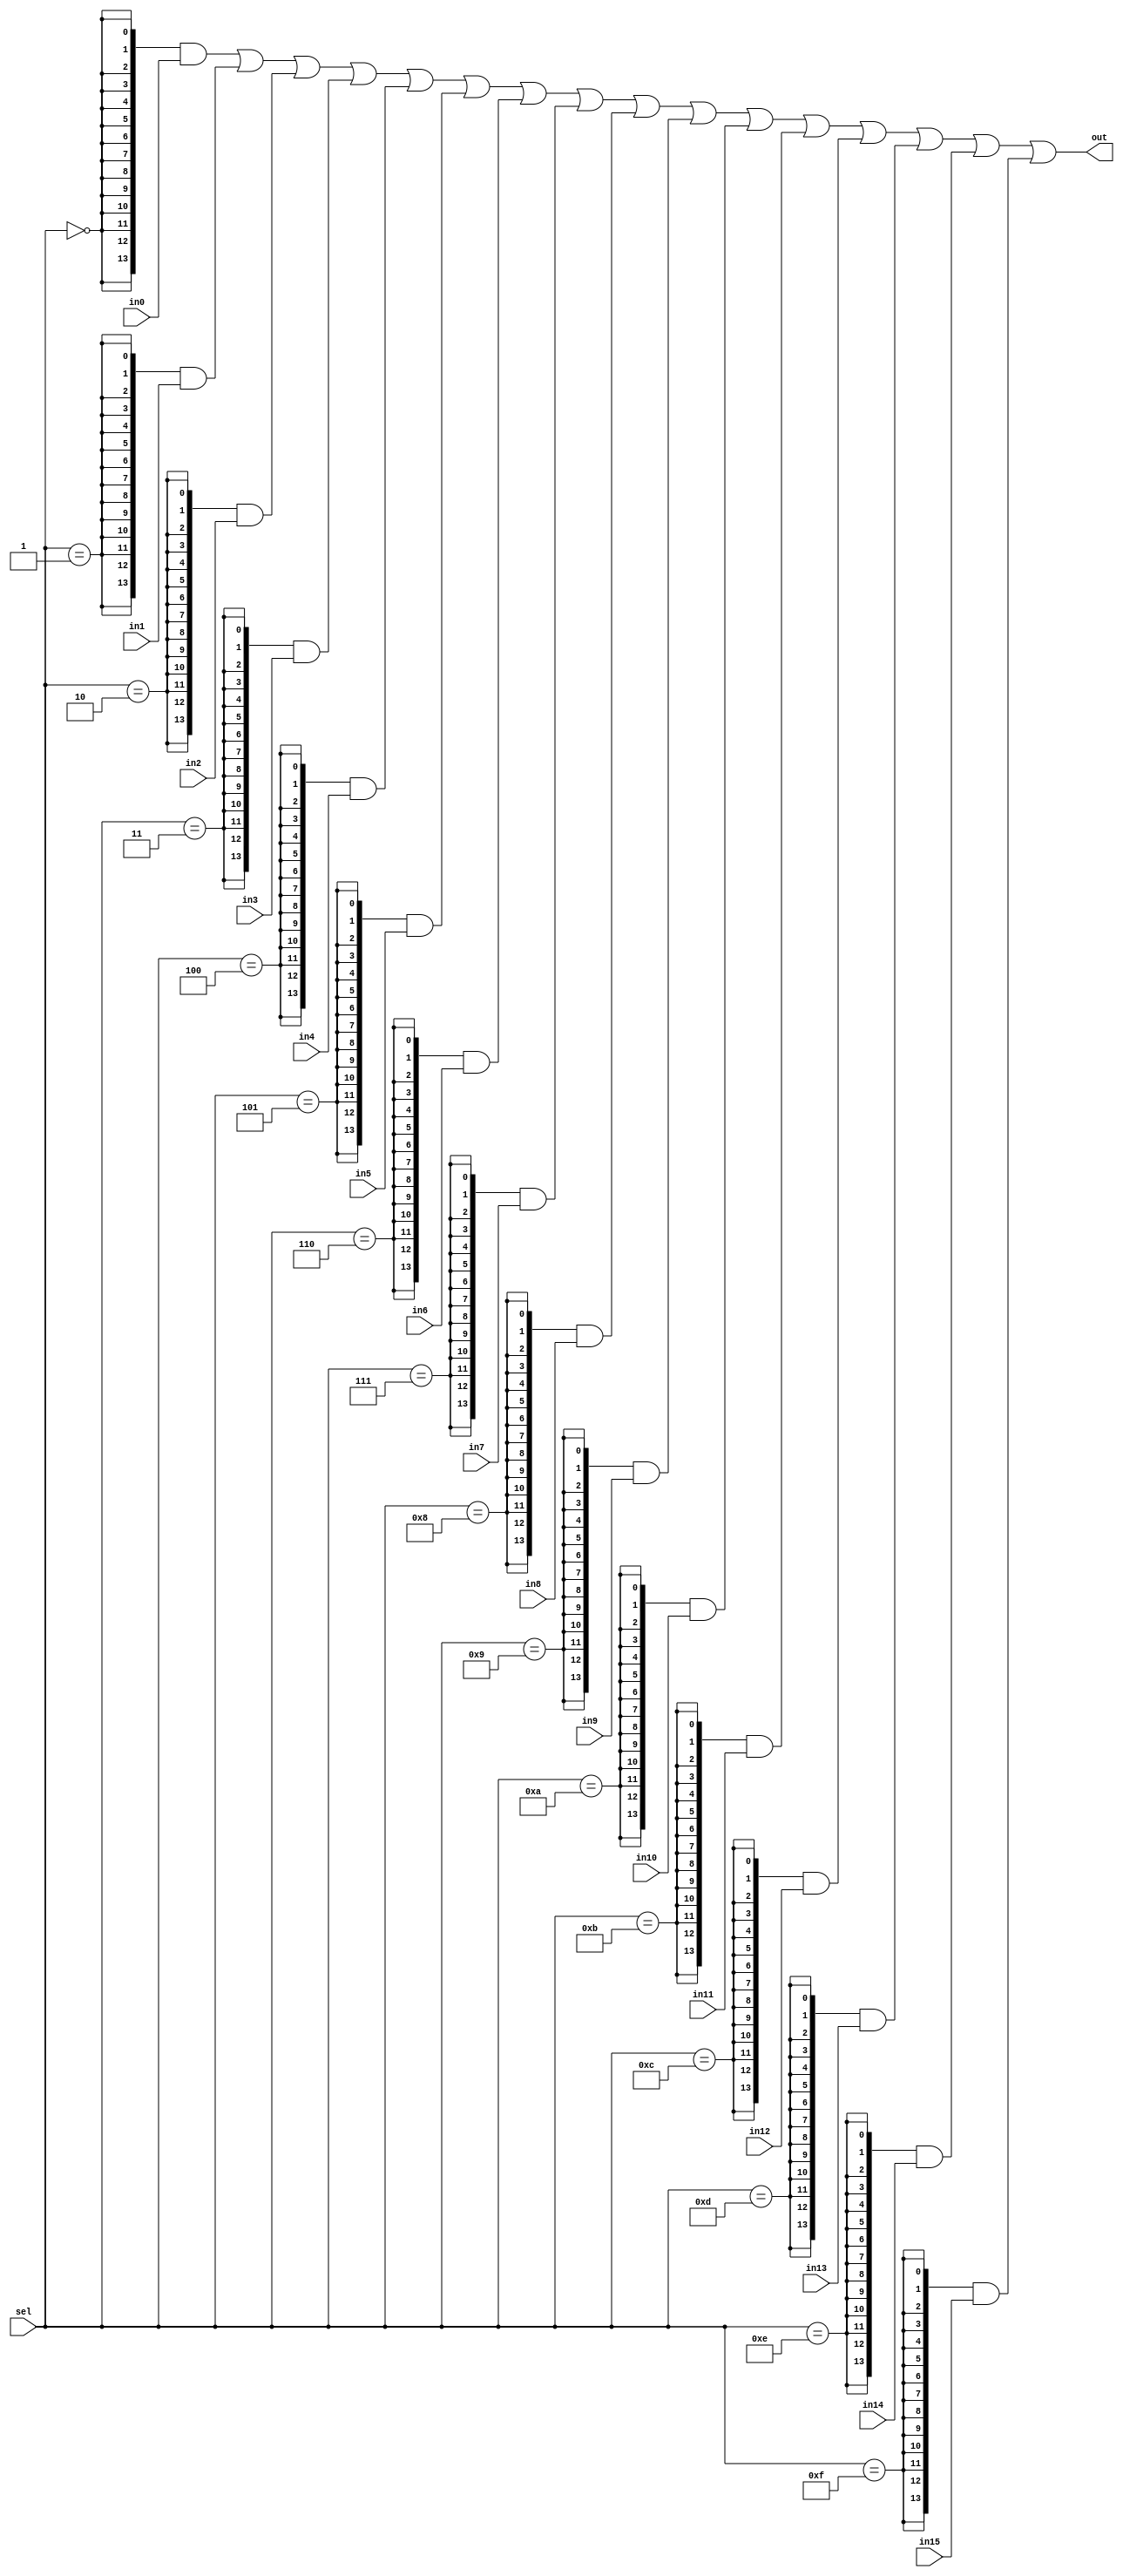
//////////////////////////////////////////////////////////////////////////////////
//(* dont_touch = "true" *)
//(* black_box *)


//(* keep_hierarchy = "true" *) 
module muxer4 #(
   parameter     RES = 14 
)
(
   // input
   input      [  4-1: 0] sel,             // Select wire 0-15
   input      [RES-1: 0] in0,
   input      [RES-1: 0] in1,
   input      [RES-1: 0] in2,
   input      [RES-1: 0] in3,
   input      [RES-1: 0] in4,
   input      [RES-1: 0] in5,
   input      [RES-1: 0] in6,
   input      [RES-1: 0] in7,
   input      [RES-1: 0] in8,
   input      [RES-1: 0] in9,
   input      [RES-1: 0] in10,
   input      [RES-1: 0] in11,
   input      [RES-1: 0] in12,
   input      [RES-1: 0] in13,
   input      [RES-1: 0] in14,
   input      [RES-1: 0] in15,

   // output
   output     [RES-1: 0] out                // output data
);


wire ensel0 ,ensel1 ,ensel2 ,ensel3 ,ensel4 ,ensel5 ,ensel6 ,ensel7 ,
     ensel8 ,ensel9 ,ensel10,ensel11,ensel12,ensel13,ensel14,ensel15;

     

assign ensel0  = (sel==4'd0 );
assign ensel1  = (sel==4'd1 );
assign ensel2  = (sel==4'd2 );
assign ensel3  = (sel==4'd3 );
assign ensel4  = (sel==4'd4 );
assign ensel5  = (sel==4'd5 );
assign ensel6  = (sel==4'd6 );
assign ensel7  = (sel==4'd7 );
assign ensel8  = (sel==4'd8 );
assign ensel9  = (sel==4'd9 );
assign ensel10 = (sel==4'd10);
assign ensel11 = (sel==4'd11);
assign ensel12 = (sel==4'd12);
assign ensel13 = (sel==4'd13);
assign ensel14 = (sel==4'd14);
assign ensel15 = (sel==4'd15);


wire [RES-1: 0] en0 ;
wire [RES-1: 0] en1 ;
wire [RES-1: 0] en2 ;
wire [RES-1: 0] en3 ;
wire [RES-1: 0] en4 ;
wire [RES-1: 0] en5 ;
wire [RES-1: 0] en6 ;
wire [RES-1: 0] en7 ;
wire [RES-1: 0] en8 ;
wire [RES-1: 0] en9 ;
wire [RES-1: 0] en10;
wire [RES-1: 0] en11;
wire [RES-1: 0] en12;
wire [RES-1: 0] en13;
wire [RES-1: 0] en14;
wire [RES-1: 0] en15;


assign en0  = {RES{ ensel0  }} & in0  ;
assign en1  = {RES{ ensel1  }} & in1  ;
assign en2  = {RES{ ensel2  }} & in2  ;
assign en3  = {RES{ ensel3  }} & in3  ;
assign en4  = {RES{ ensel4  }} & in4  ;
assign en5  = {RES{ ensel5  }} & in5  ;
assign en6  = {RES{ ensel6  }} & in6  ;
assign en7  = {RES{ ensel7  }} & in7  ;
assign en8  = {RES{ ensel8  }} & in8  ;
assign en9  = {RES{ ensel9  }} & in9  ;
assign en10 = {RES{ ensel10 }} & in10 ;
assign en11 = {RES{ ensel11 }} & in11 ;
assign en12 = {RES{ ensel12 }} & in12 ;
assign en13 = {RES{ ensel13 }} & in13 ;
assign en14 = {RES{ ensel14 }} & in14 ;
assign en15 = {RES{ ensel15 }} & in15 ;


assign  out = en0 |en1 |en2 |en3 |en4 |en5 |en6 |en7 |
              en8 |en9 |en10|en11|en12|en13|en14|en15;

              

endmodule

/*
muxer4  #( .RES ( 14 ) ) NOMBRE (
    // input
    .sel (  sel  ), // select cable
    .in0  ( 14'b0 ), // in0 
    .in1  ( 14'b0 ), // in1 
    .in2  ( 14'b0 ), // in2 
    .in3  ( 14'b0 ), // in3 
    .in4  ( 14'b0 ), // in4 
    .in5  ( 14'b0 ), // in5 
    .in6  ( 14'b0 ), // in6 
    .in7  ( 14'b0 ), // in7 
    .in8  ( 14'b0 ), // in8 
    .in9  ( 14'b0 ), // in9 
    .in10 ( 14'b0 ), // in10
    .in11 ( 14'b0 ), // in11
    .in12 ( 14'b0 ), // in12
    .in13 ( 14'b0 ), // in13
    .in14 ( 14'b0 ), // in14
    .in15 ( 14'b0 ), // in15
    // output
    .out ( out   )
);
*/